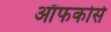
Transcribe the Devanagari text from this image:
ऑफकोर्स